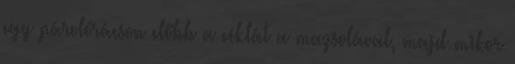
egy párolórácson előbb a céklát a mazsolával, majd mikor